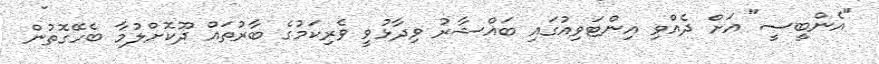
"އެންބީސީ" އަށް ދެއްވި އިންޓަވިއުގައި ބައްޝާރު ވިދާޅުވީ ވެރިކަމުގެ ބާރުތައް ދޫކޮށްލުމާ ބެހޭގޮތުން